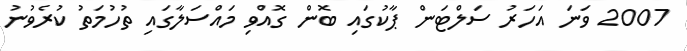
2007 ވަނަ އަހަރު ސަލްޓަން ޕާކުގައި ބޮން ގޮއްވި މައްސަލާގައި ތުހުމަތު ކުރެވުނު